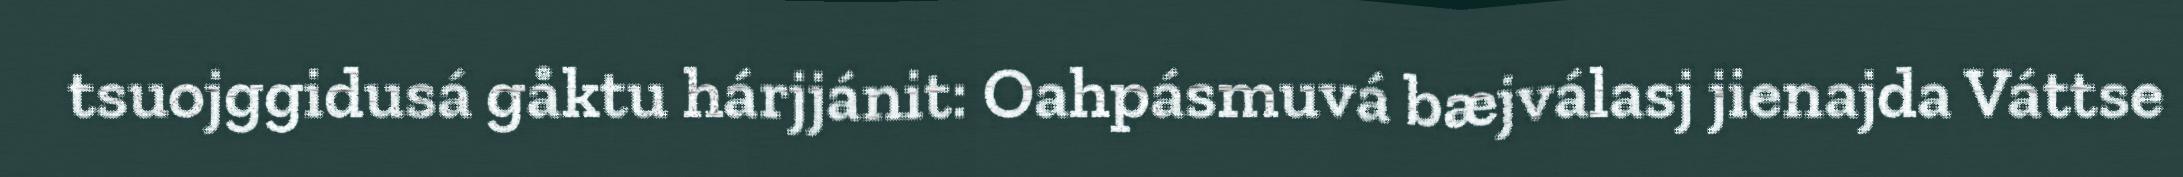
tsuojggidusá gåktu hárjjánit: Oahpásmuvá bæjválasj jienajda Váttse